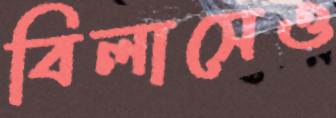
বিলাসেও